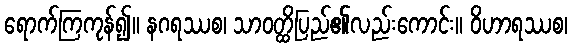
ရောက်ကြကုန်၍။ နဂရဿစ၊ သာဝတ္ထိပြည်၏လည်းကောင်း။ ဝိဟာရဿစ၊